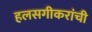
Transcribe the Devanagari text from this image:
हलसगीकरांची